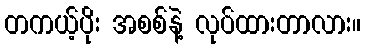
တကယ့်ပိုး အစစ်နဲ့ လုပ်ထားတာလား။